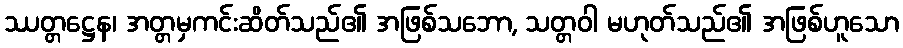
ဿတ္တဋ္ဌေန၊ အတ္တမှကင်းဆိတ်သည်၏ အဖြစ်သဘော, သတ္တဝါ မဟုတ်သည်၏ အဖြစ်ဟူသော